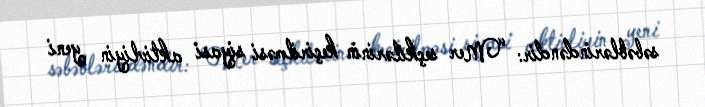
səbəblərindəndir: “Mer seçkilərinin keçirilməsi siyasi aktivliyin yeni